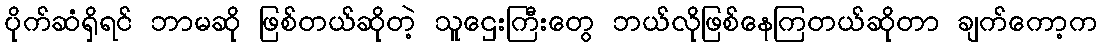
ပိုက်ဆံရှိရင် ဘာမဆို ဖြစ်တယ်ဆိုတဲ့ သူဌေးကြီးတွေ ဘယ်လိုဖြစ်နေကြတယ်ဆိုတာ ချက်ကော့က